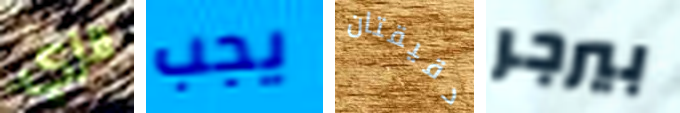
الزي يجب دقيقتان بيرجر